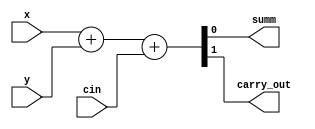
module Full_adder(input x, y, cin, output summ, carry_out

    );
 assign {carry_out, summ} = x+y+cin;
endmodule